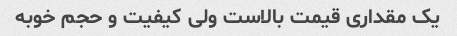
یک مقداری قیمت بالاست ولی کیفیت و حجم خوبه